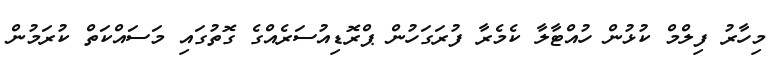
މިހާރު ފިލްމް ކުޅުން ހުއްޓާލާ ކެމެރާ ފުރަގަހުން ޕްރޮޑިއުސަރެއްގެ ގޮތުގައި މަސައްކަތް ކުރަމުން